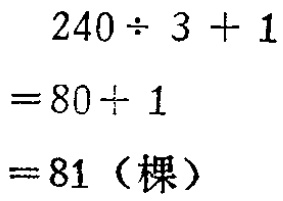
\[

\begin{align*}

&240\div 3 + 1\\

=&80\div 1\\

=&81（棵）

\end{align*}

\]